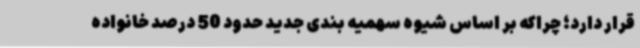
قرار دارد؛ چراکه بر اساس شیوه سهمیه بندی جدید حدود 50 درصد خانواده